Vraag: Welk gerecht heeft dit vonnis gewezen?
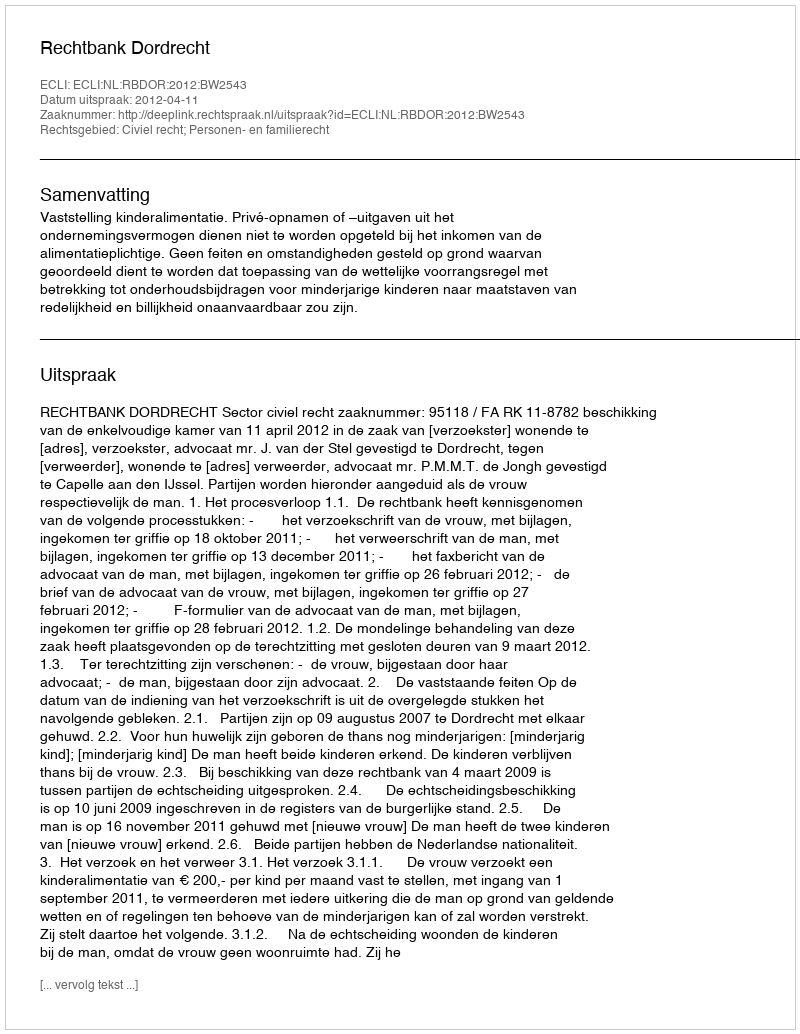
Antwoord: Rechtbank Dordrecht